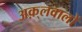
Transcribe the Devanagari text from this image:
अक़्लवालों